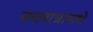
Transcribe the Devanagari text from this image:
नवरात्रामधे